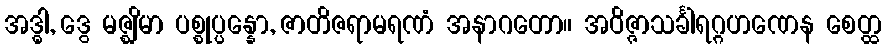
အဒ္ဓါ, ဒွေ မဇ္ဈိမာ ပစ္စုပ္ပန္နော, ဇာတိဇရာမရဏံ အနာဂတော။ အဝိဇ္ဇာသင်္ခါရဂ္ဂဟဏေန စေတ္ထ